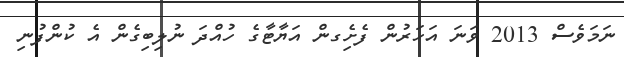
ނަމަވެސް 2013 ވަނަ އަހަރުން ފެށިެގން އަޔާޓާގެ ހުއްދަ ނުލިބިގެން އެ ކުންފުނި